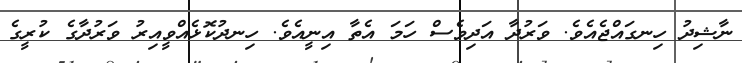
ނާޝިދު ހިނގައްޖެއެވެ. ވަރުދާ އަދިވެސް ހަމަ އެތާ އިނީއެވެ. ހިނދުކޮޅެއްވީއިރު ވަރުދާގެ ކުރީގެ